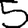
Digit: 5